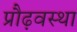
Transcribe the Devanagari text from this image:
प्रौढ़वस्था